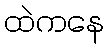
ထဲကနေ